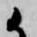
候